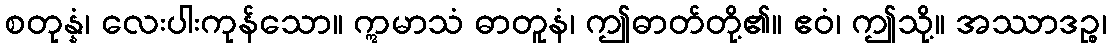
စတုန္နံ၊ လေးပါးကုန်သော။ ဣမာသံ ဓာတူနံ၊ ဤဓာတ်တို့၏။ ဧဝံ၊ ဤသို့။ အဿာဒဉ္စ၊